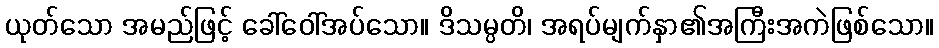
ယုတ်သော အမည်ဖြင့် ခေါ်ဝေါ်အပ်သော။ ဒိသမ္ပတိ၊ အရပ်မျက်နှာ၏အကြီးအကဲဖြစ်သော။